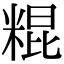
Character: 䊐